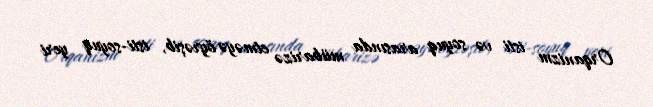
Orqanizm isti və soyuq arasında mübarizə etməyə öyrəşib, isti-soyuq yeri